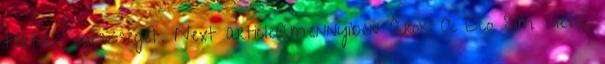
férfiak egészségét. Next articleAmennyiben Árok A Eco Slim Diéta,